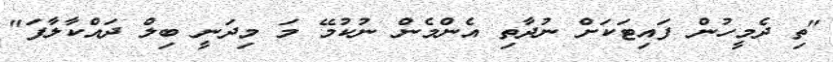
"ތި ދެމީހުން ފައިޓަކަށް ނުދާތި އެންމެން ނުކުމޭ މަ މިދަނީ ބިލް ދައްކާލާފަ"